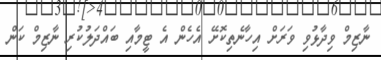
ނާޒިމް ވިދާޅުވި ވަރަށް އިހާނެތިކޮށޭ އެހެން އެ ޓީމާއި ބައްދަލުކުރި ނާޒިމް ކަން